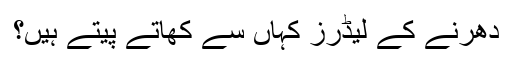
دھرنے کے لیڈرز کہاں سے کھاتے پیتے ہیں؟